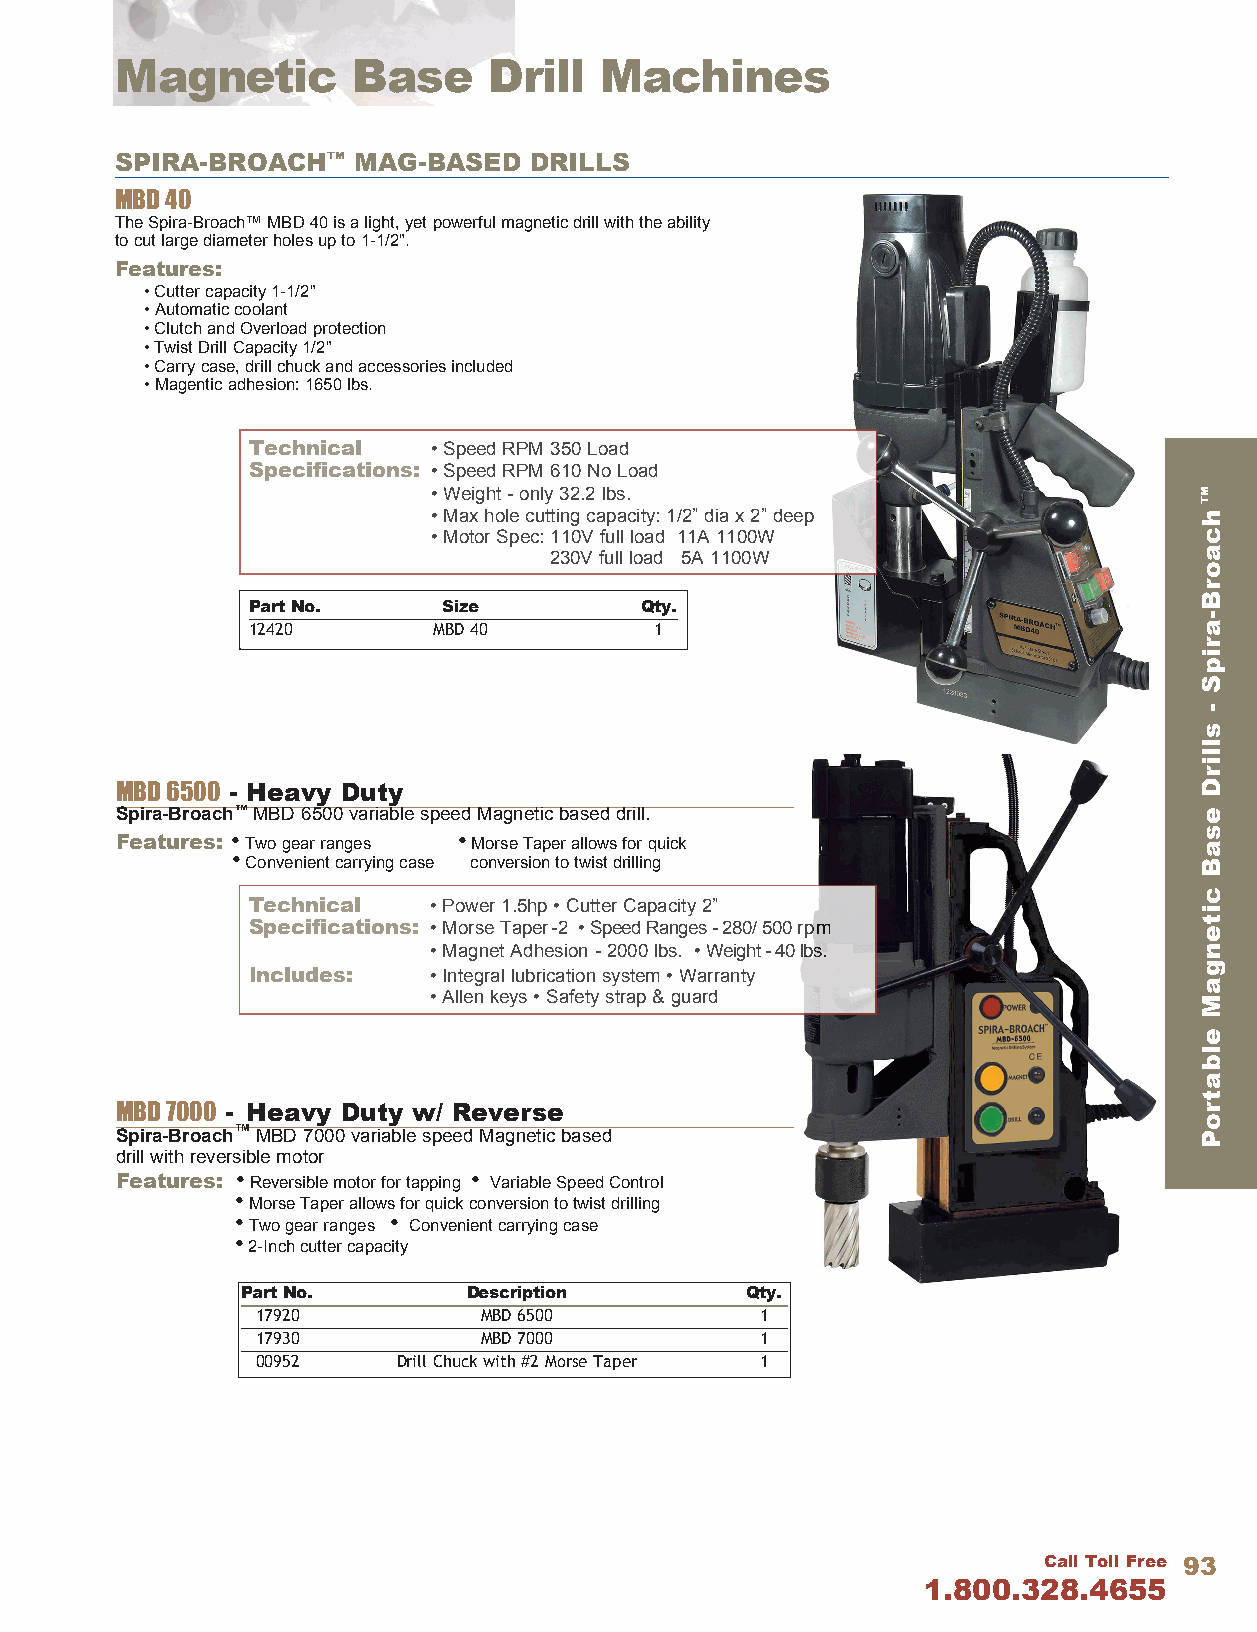
Magnetic       Base     Drill   Machines
 SPIRA-BROACH™  MAG-BASED   DRILLS
 MBD 40
 The Spira-Broach™ MBD 40 is a light, yet powerful magnetic drill with the ability
 to cut large diameter holes up to 1-1/2" .
 Features:
 • Cutter capacity 1-1/2"
 • Automatic coolant
 • Clutch and Overload protection
 • Twist Drill Capacity 1/2"
 • Carry case, drill chuck and accessories included
 • Magentic adhesion: 1650 lbs .
 Technical   • Speed RPM 350 Load
 Specifications: • Speed RPM 610 No Load
 • Weight - only 32.2 lbs.
 • Max hole cutting capacity: 1/2” dia x 2” deep
 • Motor Spec: 110V full load 11A 1100W
 230V full load 5A 1100W
 Part No.     Size         Qty.
 12420        MBD 40        1
 MBD 6500 - Heavy Duty
 Spira-Broach™ MBD 6500 variable speed Magnetic based drill .
 Features: • Two gear ranges • Morse Taper allows for quick
 • Convenient carrying case conversion to twist drilling
 Technical   • Power 1.5hp • Cutter Capacity 2”
 Specifications: • Morse Taper - 2 • Speed Ranges - 280/ 500 rpm
 • Magnet Adhesion - 2000 lbs. • Weight - 40 lbs.
 Includes:   • Integral lubrication system • Warranty
 • Allen keys • Safety strap & guard
 MBD 7000 - Heavy Duty w/ Reverse
 Spira-Broach™ MBD 7000 variable speed Magnetic based
 drill with reversible motor
 Features: • Reversible motor for tapping • Variable Speed Control
 • Morse Taper allows for quick conversion to twist drilling
 • Two gear ranges • Convenient carrying case
 • 2-Inch cutter capacity
 Part No.       Description       Qty.
 17920          MBD 6500          1
 17930          MBD 7000          1
 00952    Drill Chuck with #2 Morse Taper 1
 Call Toll Free 93
 1.800.328.4655
 ™hcaorB-aripS
 -
 sllirD
 esaB
 citengaM
 elbatroP